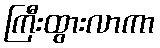
ကြီးထွားလာကာ